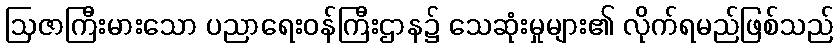
ဩဇာကြီးမားသော ပညာရေးဝန်ကြီးဌာန၌ သေဆုံးမှုများ၏ လိုက်ရမည်ဖြစ်သည်